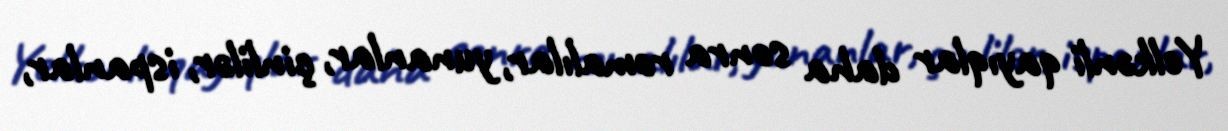
Yelkənli qayıqlar daha sonra romalılar, yunanlar, çinlilər, ispanlar,